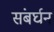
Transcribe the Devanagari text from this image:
संबर्घन